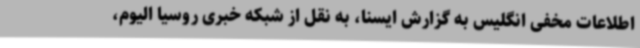
اطلاعات مخفی انگلیس به گزارش ایسنا، به نقل از شبکه خبری روسیا الیوم،